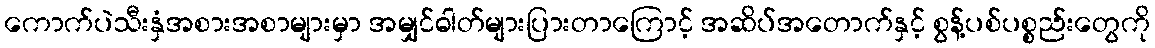
ကောက်ပဲသီးနှံအစားအစာများမှာ အမျှင်ဓါတ်များပြားတာကြောင့် အဆိပ်အတောက်နှင့် စွန့်ပစ်ပစ္စည်းတွေကို